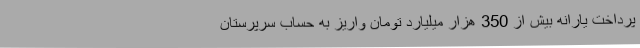
پرداخت یارانه بیش از 350 هزار میلیارد تومان واریز به حساب سرپرستان